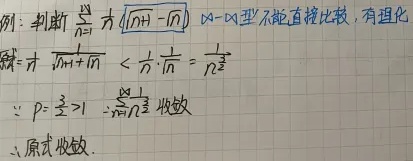
判断\(\sum_{n = 1}^{\infty} \frac{1}{\sqrt{n}} (\sqrt{n + 1} - \sqrt{n})\)，\(0 - \infty\)型不能直接比较，有理化解：\(\frac{1}{\sqrt{n}} \frac{1}{\sqrt{n + 1} + \sqrt{n}} < \frac{1}{\sqrt{n}} \cdot \frac{1}{\sqrt{n}} = \frac{1}{n^{\frac{3}{2}}}\)。
\(\because p = \frac{3}{2} > 1\)，\(\therefore \sum_{n = 1}^{\infty} \frac{1}{n^{\frac{3}{2}}}\)收敛。
\(\therefore\)原式收敛。